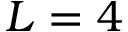
L = 4